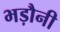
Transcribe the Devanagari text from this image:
भड़ौनी